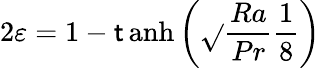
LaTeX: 2\varepsilon=1-\operatorname{\mathsf{t}anh}\left(\sqrt{}{{\frac{{Ra}}{{Pr}}}}\frac{{1}}{{8}}\right)